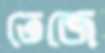
তেজে